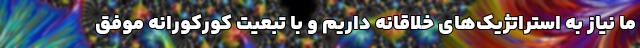
ما نیاز به استراتژیک‌های خلاقانه داریم و با تبعیت کورکورانه موفق